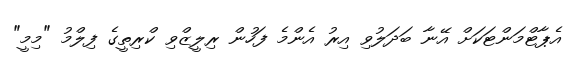
އެޕާޓްމަންޓަކަށް އޭނާ ބަދަލުވި އިރު އެންމެ ފަހުން ރިލީޒްވި ކްރިތީގެ ފިލްމު "މިމީ"